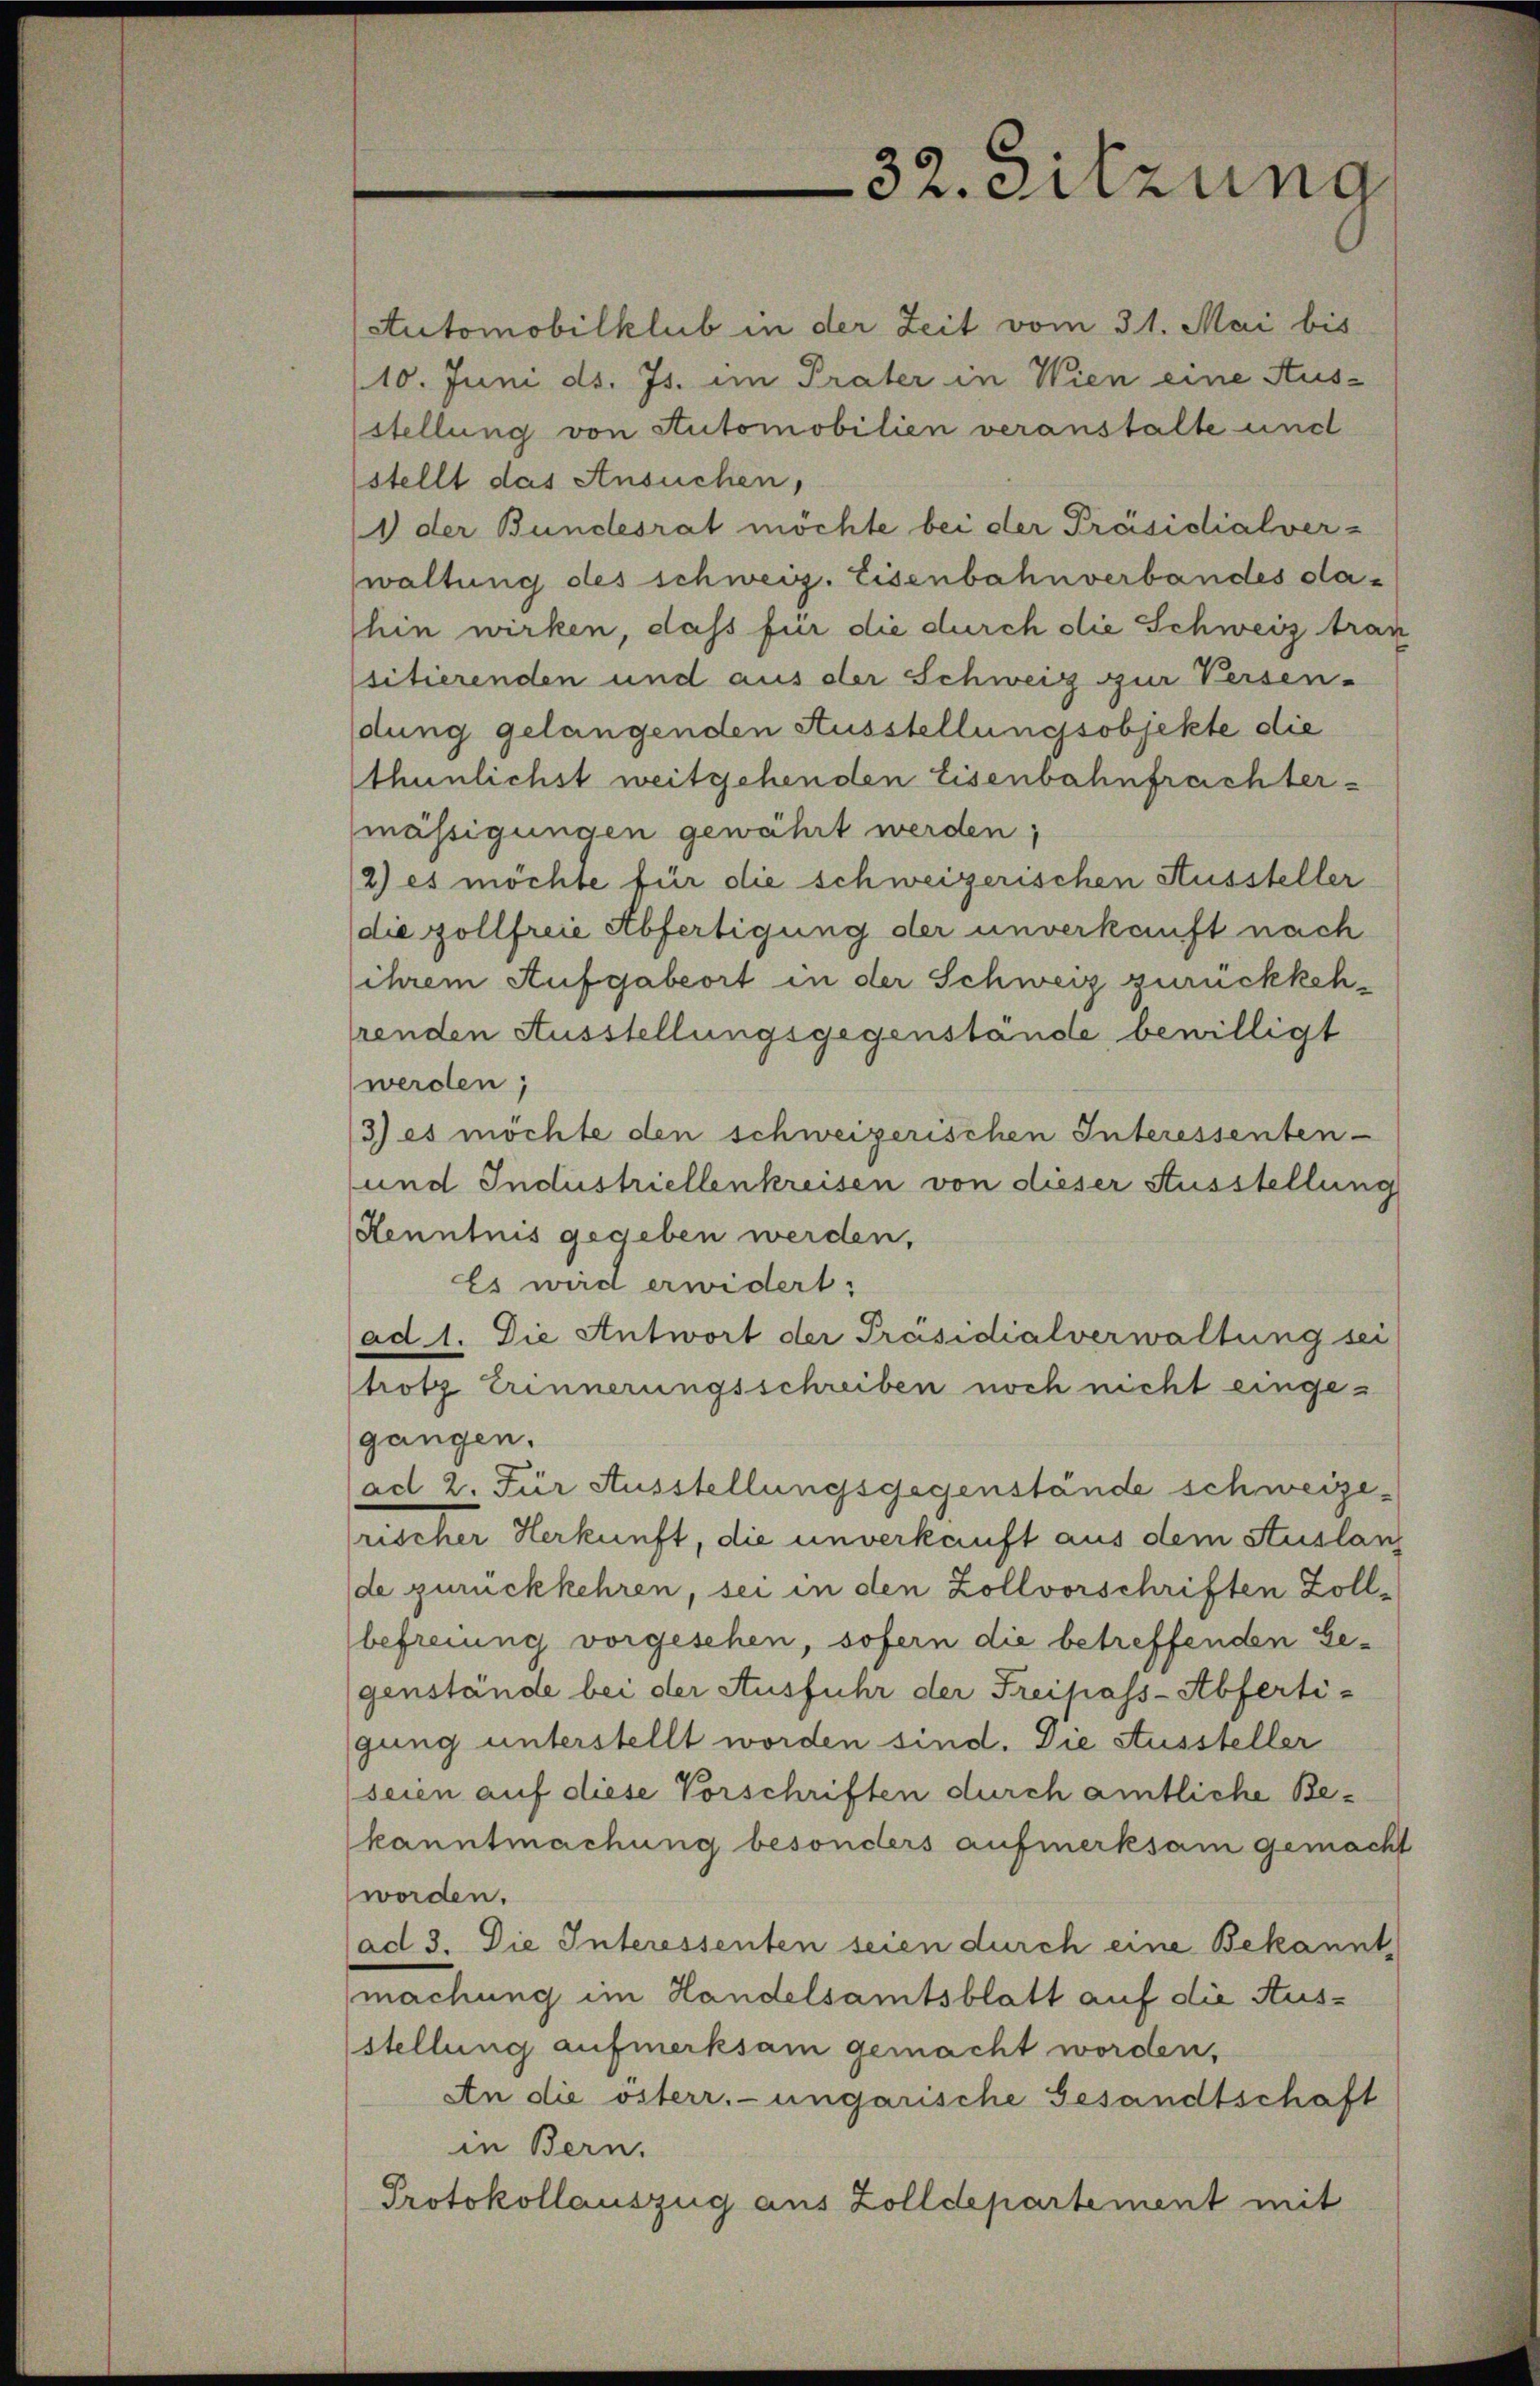
32. Sitzung

Automobilklub in der Zeit vom 31. Mai bis
(10. Juni d. Js. im Prater in Wien eine Ausstellung von Stutomobilien veranstalte und
stellt das Ansuchen,
1 der Bundesrat möchte bei der Präsidialver-
waltung des schweiz. Eisenbahnverbandes dahin wirken, dass für die durch die Schweiz tran
sitierenden und aus der Schweiz zur Versen-
dung gelangenden Ausstellungsobjekte die
thunlichst weitgehenden Eisenbahnfrachter-
mässigungen gewährt werden;
2) es möchte für die schweizerischen Aussteller
die zollfreie Abfertigung der unverkauft nach
ihrem Aufgabeort in der Schweiz zurückkehrenden Ausstellungsgegenstände bewilligt
werden;
3) es möchte den schweizerischen Interessenten-
und Industriellenkreisen von dieser Ausstellung
Kenntnis gegeben werden,
Es wird erwidert:
(ad 1. Die Antwort der Präsidialverwaltung sei
trotz Erinnerungsschreiben noch nicht eingegangen.
(ad 2. Für Ausstellungsgegenstände schweizerischer Herkunft, die unverkauft aus dem Auslanz
de zurückkehren, sei in den Zollvorschriften Zollbefreiung vorgesehen, sofern die betreffenden Gegenstände bei der Ausfuhr der Freipass-Abferti-
gung unterstellt worden sind. Die Aussteller
seien auf diese Vorschriften durch amtliche Bekanntmachung besonders aufmerksam gemacht
worden.
(ad 3. Die Interessenten seien durch eine Bekannt
machung im Handelsamtsblatt auf die Ausstellung aufmerksam gemacht worden,
An die österr.-ungarische Gesandtschaft
in Bern.
Protokollauszug aus Zolldepartement mit